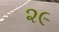
૨૯